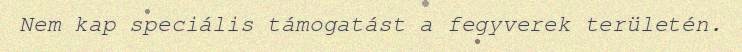
Nem kap speciális támogatást a fegyverek területén.